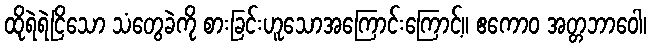
ထိုရဲရဲငြိသော သံတွေခဲကို စားခြင်းဟူသောအကြောင်းကြောင့်။ ဧကောဝ အတ္တဘာဝေါ၊